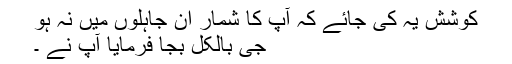
کوشش یہ کی جائے کہ آپ کا شمار ان جاہلوں میں نہ ہو
جی بالکل بجا فرمایا ٰآپ نے ۔